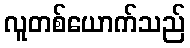
လူတစ်ယောက်သည်